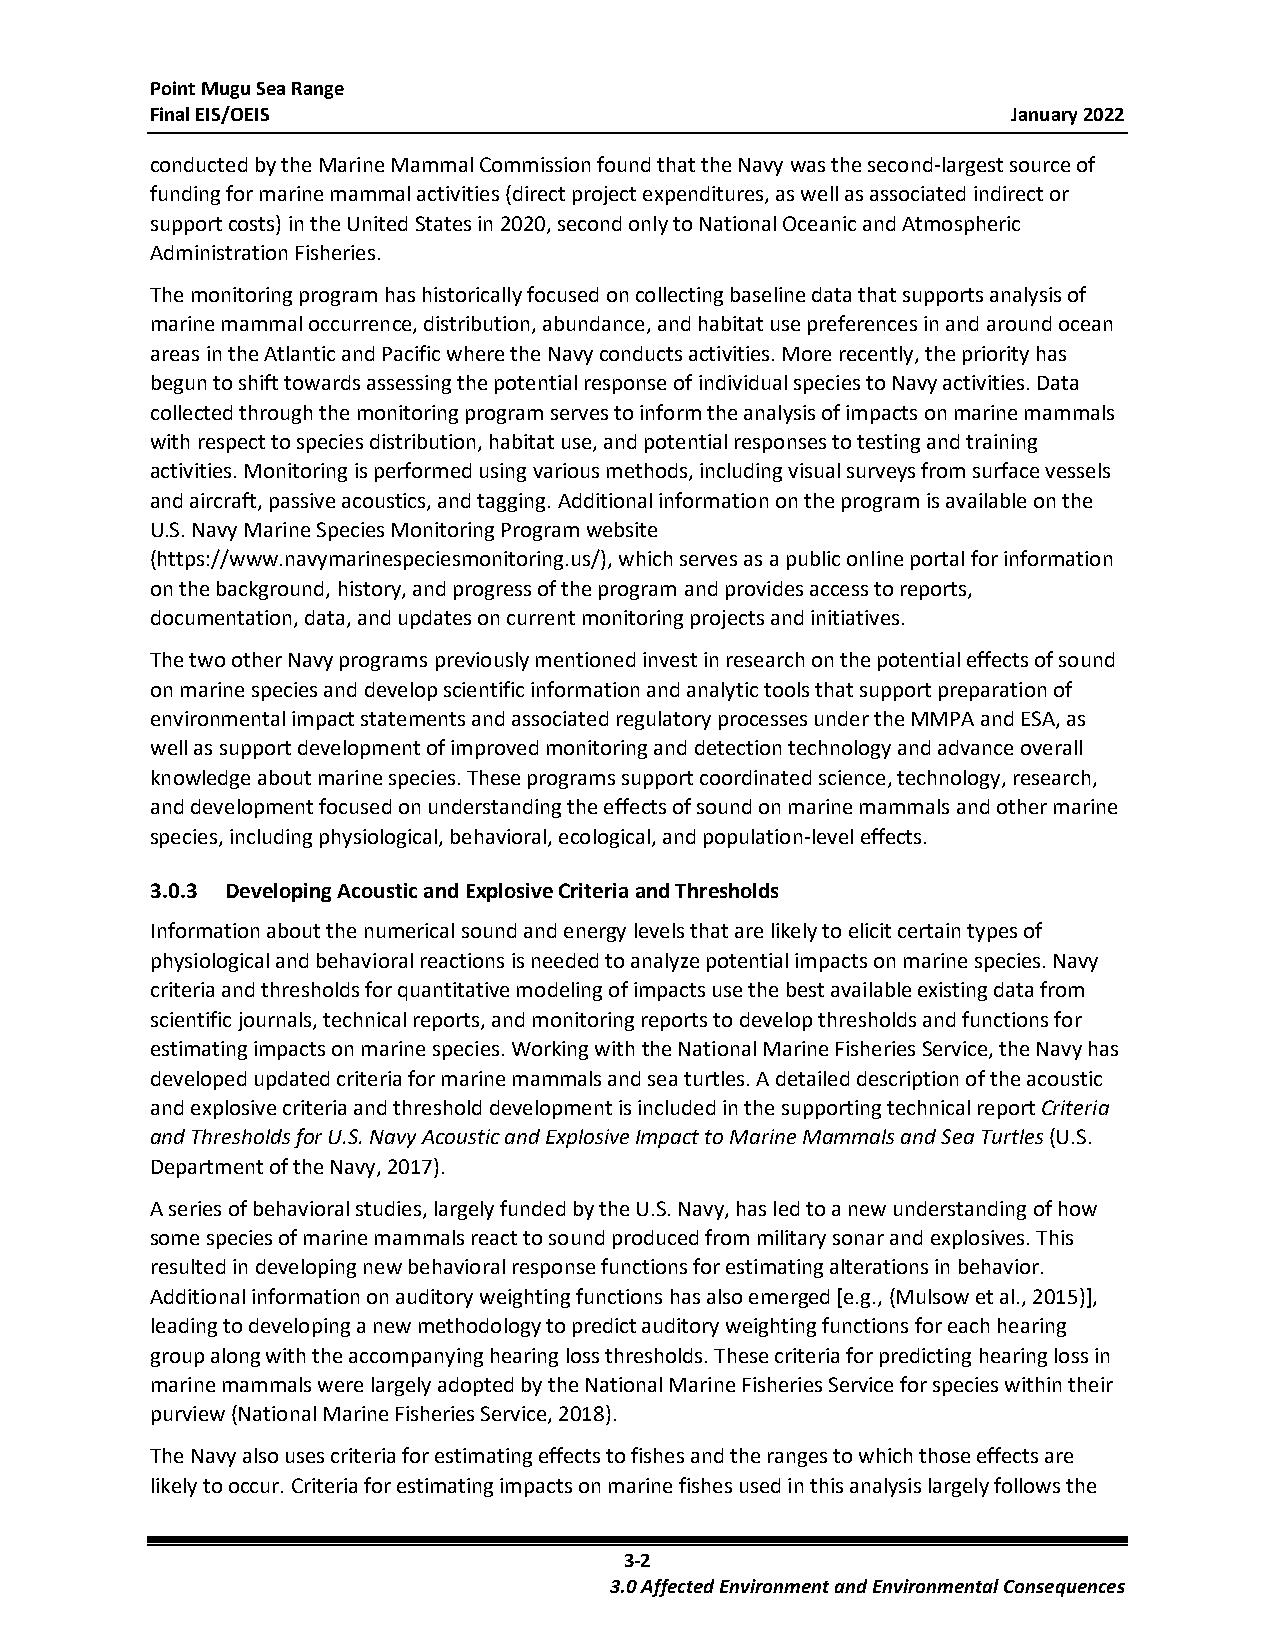
Point Mugu Sea Range
 Final EIS/OEIS                                           January 2022
 conducted by the Marine Mammal Commission found that the Navy was the second-largest source of
 funding for marine mammal activities (direct project expenditures, as well as associated indirect or
 support costs) in the United States in 2020, second only to National Oceanic and Atmospheric
 Administration Fisheries.
 The monitoring program has historically focused on collecting baseline data that supports analysis of
 marine mammal occurrence, distribution, abundance, and habitat use preferences in and around ocean
 areas in the Atlantic and Pacific where the Navy conducts activities. More recently, the priority has
 begun to shift towards assessing the potential response of individual species to Navy activities. Data
 collected through the monitoring program serves to inform the analysis of impacts on marine mammals
 with respect to species distribution, habitat use, and potential responses to testing and training
 activities. Monitoring is performed using various methods, including visual surveys from surface vessels
 and aircraft, passive acoustics, and tagging. Additional information on the program is available on the
 U.S. Navy Marine Species Monitoring Program website
 (https://www.navymarinespeciesmonitoring.us/), which serves as a public online portal for information
 on the background, history, and progress of the program and provides access to reports,
 documentation, data, and updates on current monitoring projects and initiatives.
 The two other Navy programs previously mentioned invest in research on the potential effects of sound
 on marine species and develop scientific information and analytic tools that support preparation of
 environmental impact statements and associated regulatory processes under the MMPA and ESA, as
 well as support development of improved monitoring and detection technology and advance overall
 knowledge about marine species. These programs support coordinated science, technology, research,
 and development focused on understanding the effects of sound on marine mammals and other marine
 species, including physiological, behavioral, ecological, and population-level effects.
 3.0.3 Developing Acoustic and Explosive Criteria and Thresholds
 Information about the numerical sound and energy levels that are likely to elicit certain types of
 physiological and behavioral reactions is needed to analyze potential impacts on marine species. Navy
 criteria and thresholds for quantitative modeling of impacts use the best available existing data from
 scientific journals, technical reports, and monitoring reports to develop thresholds and functions for
 estimating impacts on marine species. Working with the National Marine Fisheries Service, the Navy has
 developed updated criteria for marine mammals and sea turtles. A detailed description of the acoustic
 and explosive criteria and threshold development is included in the supporting technical report Criteria
 and Thresholds for U.S. Navy Acoustic and Explosive Impact to Marine Mammals and Sea Turtles (U.S.
 Department of the Navy, 2017).
 A series of behavioral studies, largely funded by the U.S. Navy, has led to a new understanding of how
 some species of marine mammals react to sound produced from military sonar and explosives. This
 resulted in developing new behavioral response functions for estimating alterations in behavior.
 Additional information on auditory weighting functions has also emerged [e.g., (Mulsow et al., 2015)],
 leading to developing a new methodology to predict auditory weighting functions for each hearing
 group along with the accompanying hearing loss thresholds. These criteria for predicting hearing loss in
 marine mammals were largely adopted by the National Marine Fisheries Service for species within their
 purview (National Marine Fisheries Service, 2018).
 The Navy also uses criteria for estimating effects to fishes and the ranges to which those effects are
 likely to occur. Criteria for estimating impacts on marine fishes used in this analysis largely follows the
 3-2
 3.0 Affected Environment and Environmental Consequences